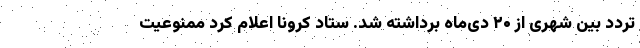
تردد بین شهری از ۲۰ دی‌ماه برداشته شد. ستاد کرونا اعلام کرد ممنوعیت